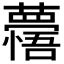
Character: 𮒽